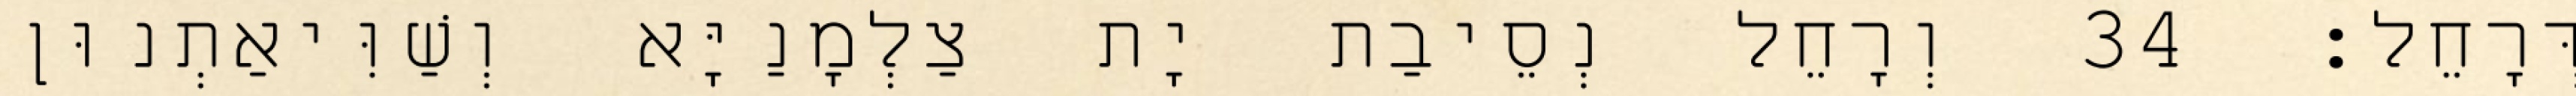
דְּרָחֵל׃ 34 וְרָחֵל נְסֵיבַת יָת צַלְמָנַיָּא וְשַׁוִּיאַתְנוּן